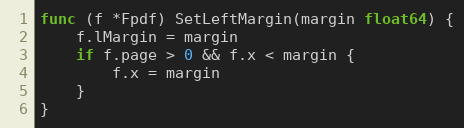
Language: Go
func (f *Fpdf) SetLeftMargin(margin float64) {
	f.lMargin = margin
	if f.page > 0 && f.x < margin {
		f.x = margin
	}
}